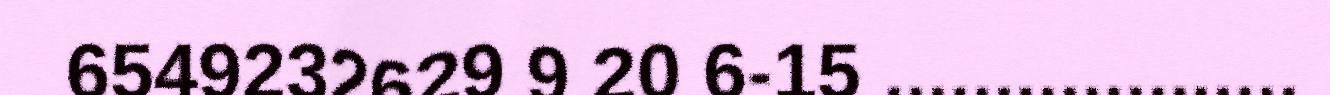
6549232629 9 20 6-15 ...................